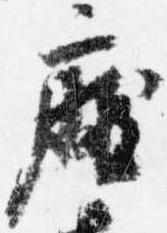
庁